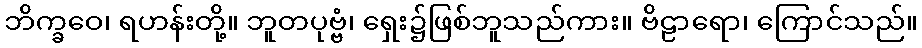
ဘိက္ခဝေ၊ ရဟန်းတို့။ ဘူတပုဗ္ဗံ၊ ရှေး၌ဖြစ်ဘူသည်ကား။ ဗိဠာရော၊ ကြောင်သည်။